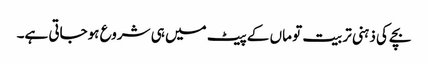
بچے کی ذہنی تربیت تو ماں کے پیٹ میں ہی شروع ہوجاتی ہے۔